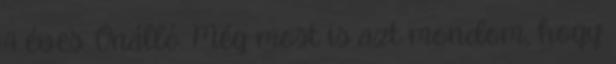
4 éves. Önálló. Még most is azt mondom, hogy